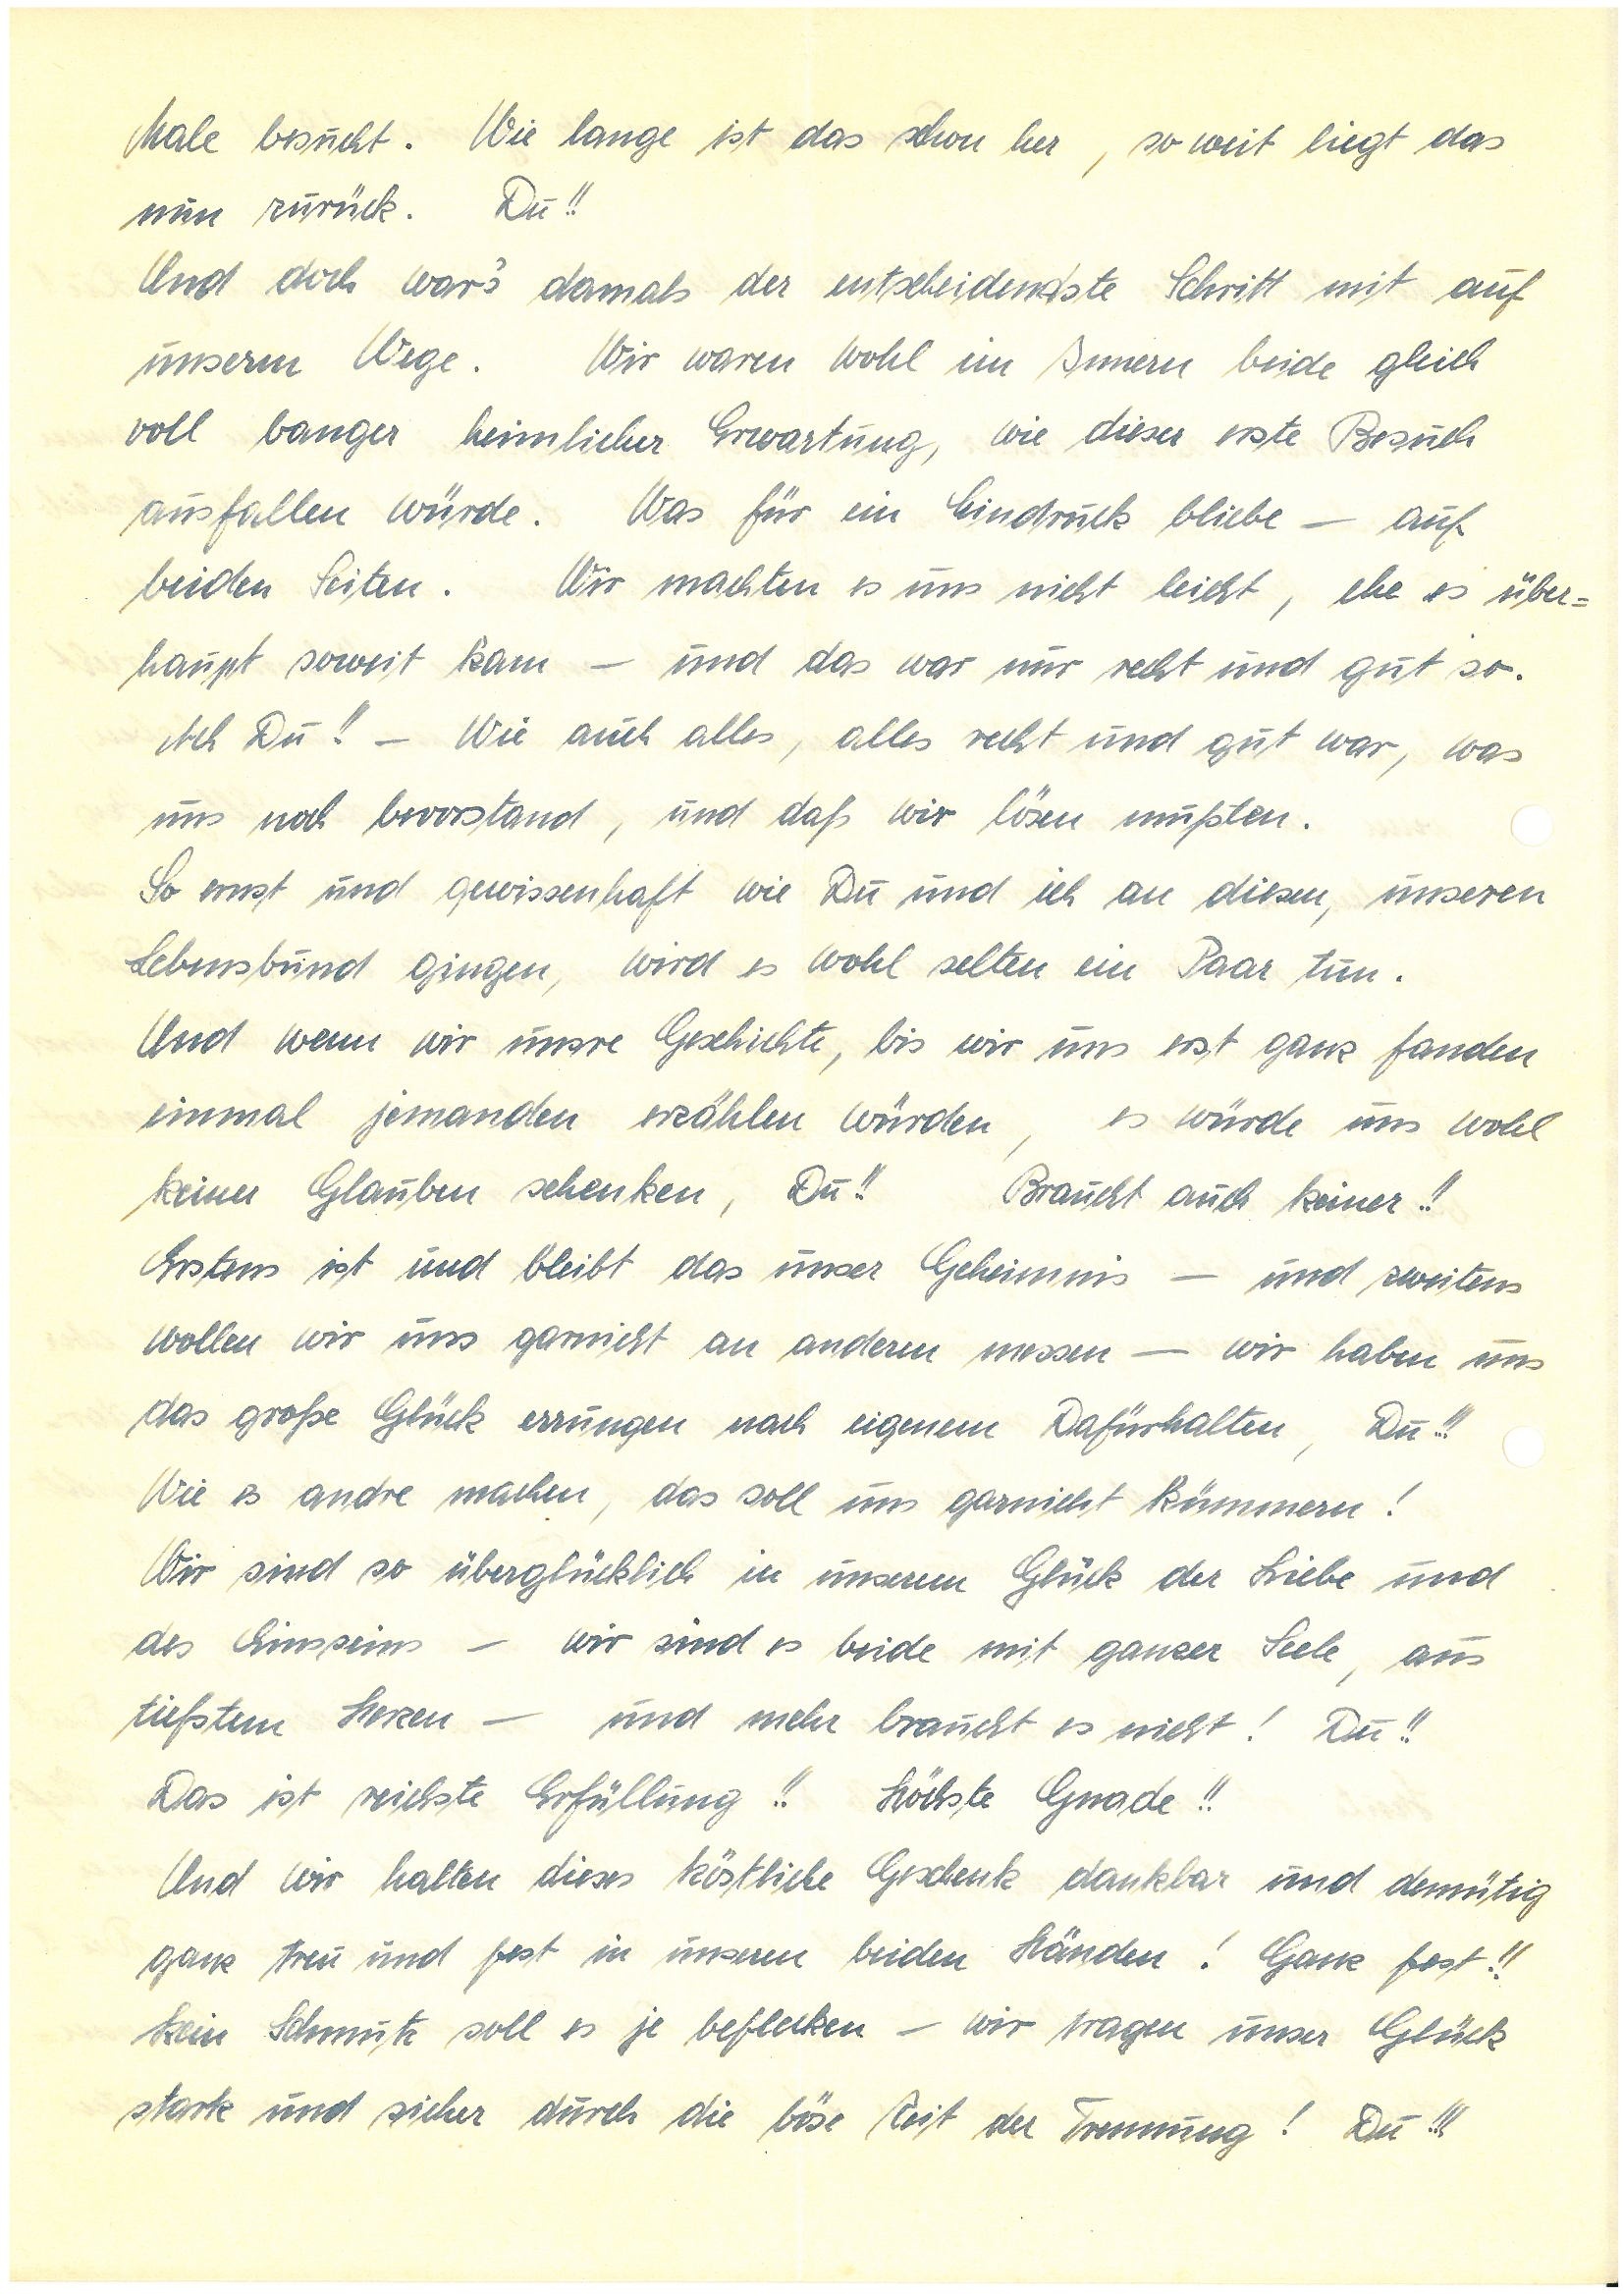
Male besucht. Wie lange ist das schon her, soweit liegt das
nun zurück. Du!!
Und doch war’s damals der entscheidenste Schritt mit auf
unserm Wege. Wir waren wohl im Innern beide gleich
voll banger heimlicher Erwartung, wie dieser erste Besuch
ausfallen würde. Was für ein Eindruck bliebe – auf
beiden Seiten. Wir machten es uns nicht leicht, ehe es über¬
haupt soweit kam – und das war nur recht und gut so.
Ach Du!! – Wie auch alles, alles recht und gut war, was
uns noch bevorstand, und daß wir lösen mußten.
So ernst und gewissenhaft wie Du und ich an diesen, unseren
Lebensbund gingen, wird es wohl selten ein Paar tun.
Und wenn wir unsre Geschichte, bis wir uns erst ganz fanden
einmal jemanden erzählen würden, es würde uns wohl
keiner Glauben schenken, Du!! Braucht auch keiner!!
Erstens ist und bleibt es unser Geheimnis – und zweitens
wollen wir uns garnicht an anderen messen – wir haben uns
das große Glück errungen nach eigenem Dafürhalten, Du!!!
Wie es andre machen, das soll uns garnicht kümmern!
Wir sind so überglücklich in unserem Glück der Liebe und
des Einsseins – wir sind es beide mit ganzer Seele, aus
tiefstem Herzen – und mehr braucht es nicht! Du!!
Das ist reichste Erfüllung!! Höchste Gnade!!
Und wir halten dieses köstliche Geschenk dankbar und demütig
 ganz treu und fest in unseren beiden Händen! Ganz fest!!
Kein Schmutz soll es je beflecken – wir tragen unser Glück
stark und sicher durch die böse Zeit der Trennung! Du!!!